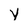
Character: y